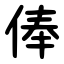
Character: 俸